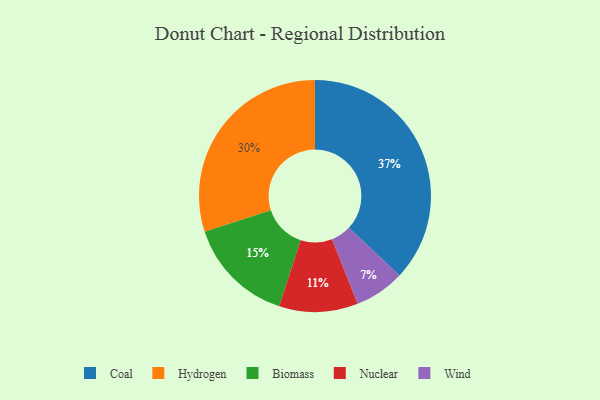
{"axis": {"x": "Category", "y": "Percentage"}, "legend": ["Biomass", "Coal", "Hydrogen", "Nuclear", "Wind"], "data": [{"x": "Nuclear", "y": 11, "type": "Nuclear"}, {"x": "Hydrogen", "y": 30, "type": "Hydrogen"}, {"x": "Wind", "y": 7, "type": "Wind"}, {"x": "Biomass", "y": 15, "type": "Biomass"}, {"x": "Coal", "y": 37, "type": "Coal"}]}